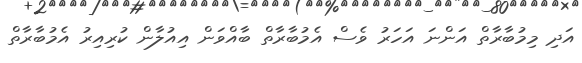
އަދި މިމުބާރާތް އަންނަ އަހަރު ވެސް އެމުބާރާތް ބާއްވަން އިއުލާން ކުރިއިރު އެމުބާރާތް